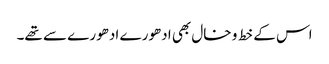
اس کے خط و خال بھی ادھورے ادھورے سے تھے۔